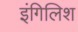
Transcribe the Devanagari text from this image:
इंगिलिश